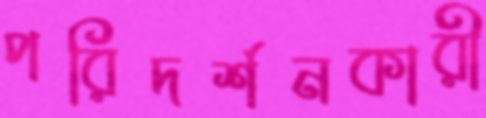
পরিদর্শনকারী